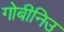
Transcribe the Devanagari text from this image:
गोबीनिउ